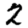
Digit: 2